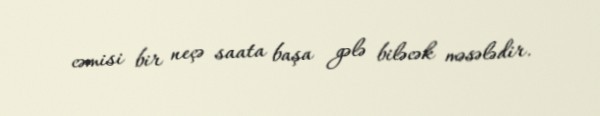
cəmisi bir neçə saata başa gələ biləcək məsələdir.